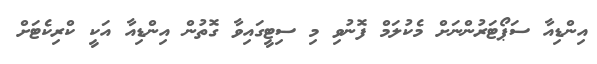
އިންޑިއާ ސަޕޯޓަރުންނަށް މެކުލަމް ފޮނުވި މި ސިޓީގައިވާ ގޮތުން އިންޑިއާ އަކީ ކްރިކެޓަށް